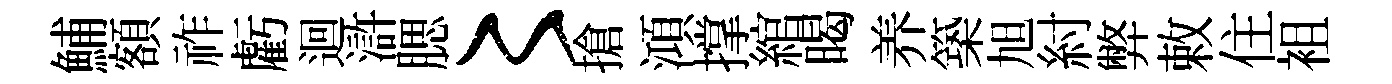
鯆額祚虧迴滸腮〻搶澒撑綰暍养築旭紂弊敕住袓